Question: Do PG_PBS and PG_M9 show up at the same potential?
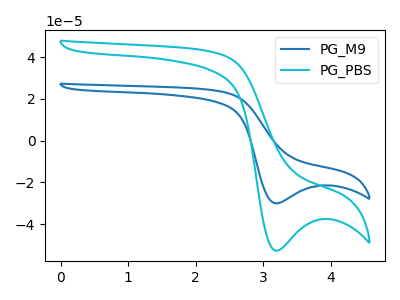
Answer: <think>The blue curve "PG_M9" has a cathodic peak at: (3.20V, -30.10uA). The cyan curve "PG_PBS" has a cathodic peak at: (3.20V, -52.80uA).
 All the peaks in "PG_PBS" have a peak in "PG_M9" at the same potential. Every peak in "PG_PBS" is higher than every peak in "PG_M9".</think>
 <answer>"PG_PBS" and "PG_M9" are similar in shape.</answer>
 <eval>same_shape</eval>